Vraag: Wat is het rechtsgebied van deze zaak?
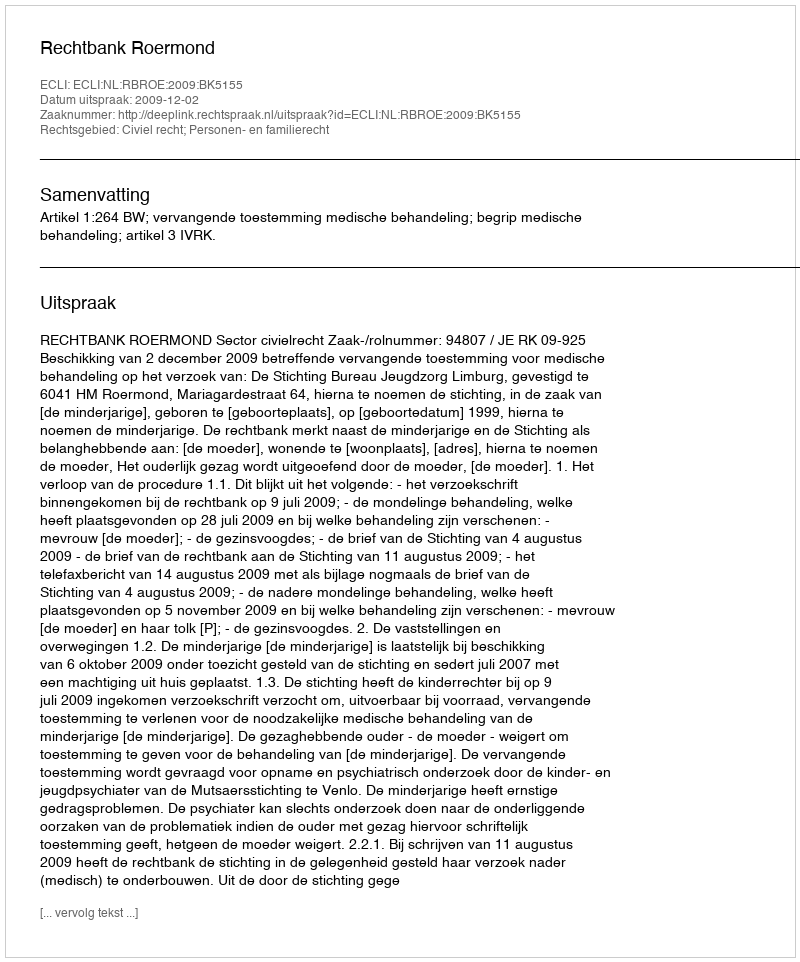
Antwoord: Civiel recht; Personen- en familierecht